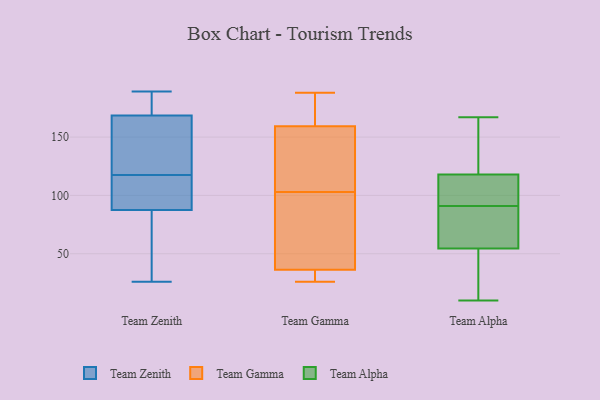
{"axis": {"x": "Shipments", "y": "Value"}, "legend": ["Team Alpha", "Team Gamma", "Team Zenith"], "data": [{"x": "", "y": 171, "type": "Team Zenith"}, {"x": "", "y": 132, "type": "Team Zenith"}, {"x": "", "y": 99, "type": "Team Zenith"}, {"x": "", "y": 117, "type": "Team Zenith"}, {"x": "", "y": 118, "type": "Team Zenith"}, {"x": "", "y": 183, "type": "Team Zenith"}, {"x": "", "y": 189, "type": "Team Zenith"}, {"x": "", "y": 78, "type": "Team Zenith"}, {"x": "", "y": 97, "type": "Team Zenith"}, {"x": "", "y": 51, "type": "Team Zenith"}, {"x": "", "y": 166, "type": "Team Zenith"}, {"x": "", "y": 26, "type": "Team Zenith"}, {"x": "", "y": 126, "type": "Team Gamma"}, {"x": "", "y": 34, "type": "Team Gamma"}, {"x": "", "y": 30, "type": "Team Gamma"}, {"x": "", "y": 26, "type": "Team Gamma"}, {"x": "", "y": 165, "type": "Team Gamma"}, {"x": "", "y": 37, "type": "Team Gamma"}, {"x": "", "y": 139, "type": "Team Gamma"}, {"x": "", "y": 188, "type": "Team Gamma"}, {"x": "", "y": 83, "type": "Team Gamma"}, {"x": "", "y": 187, "type": "Team Gamma"}, {"x": "", "y": 144, "type": "Team Gamma"}, {"x": "", "y": 160, "type": "Team Gamma"}, {"x": "", "y": 103, "type": "Team Gamma"}, {"x": "", "y": 102, "type": "Team Gamma"}, {"x": "", "y": 97, "type": "Team Gamma"}, {"x": "", "y": 159, "type": "Team Gamma"}, {"x": "", "y": 29, "type": "Team Gamma"}, {"x": "", "y": 120, "type": "Team Alpha"}, {"x": "", "y": 141, "type": "Team Alpha"}, {"x": "", "y": 112, "type": "Team Alpha"}, {"x": "", "y": 13, "type": "Team Alpha"}, {"x": "", "y": 90, "type": "Team Alpha"}, {"x": "", "y": 94, "type": "Team Alpha"}, {"x": "", "y": 71, "type": "Team Alpha"}, {"x": "", "y": 116, "type": "Team Alpha"}, {"x": "", "y": 92, "type": "Team Alpha"}, {"x": "", "y": 98, "type": "Team Alpha"}, {"x": "", "y": 66, "type": "Team Alpha"}, {"x": "", "y": 134, "type": "Team Alpha"}, {"x": "", "y": 155, "type": "Team Alpha"}, {"x": "", "y": 43, "type": "Team Alpha"}, {"x": "", "y": 79, "type": "Team Alpha"}, {"x": "", "y": 10, "type": "Team Alpha"}, {"x": "", "y": 167, "type": "Team Alpha"}, {"x": "", "y": 78, "type": "Team Alpha"}, {"x": "", "y": 38, "type": "Team Alpha"}, {"x": "", "y": 10, "type": "Team Alpha"}]}